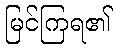
မြင်ကြရ၏